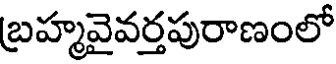
బ్రహ్మవైవర్తపురాణంలో